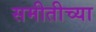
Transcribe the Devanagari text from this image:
समीतीच्या